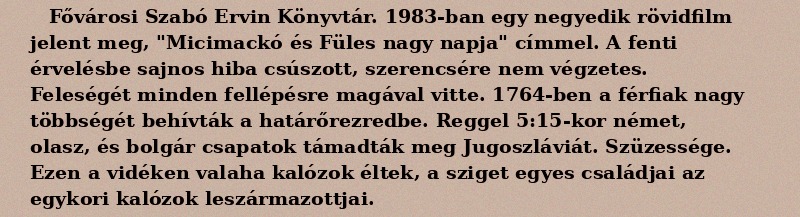
Fővárosi Szabó Ervin Könyvtár. 1983-ban egy negyedik rövidfilm jelent meg, "Micimackó és Füles nagy napja" címmel. A fenti érvelésbe sajnos hiba csúszott, szerencsére nem végzetes. Feleségét minden fellépésre magával vitte. 1764-ben a férfiak nagy többségét behívták a határőrezredbe. Reggel 5:15-kor német, olasz, és bolgár csapatok támadták meg Jugoszláviát. Szüzessége. Ezen a vidéken valaha kalózok éltek, a sziget egyes családjai az egykori kalózok leszármazottjai.